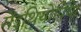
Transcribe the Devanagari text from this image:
मेंइथियोपिया